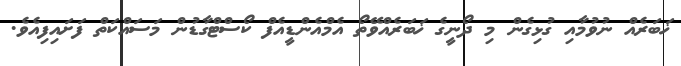
ޚަބަރެއް ނުވުމާއި ގުޅިގެން މި ދޯނީގެ ޚަބަރެއްވޭތޯ އެމްއެންޑީއެފް ކޯސްޓްގާޑުން މަސައްކަތް ފަށައިފިއެވެ.